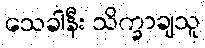
သေခါနီး သိက္ခာချသူ